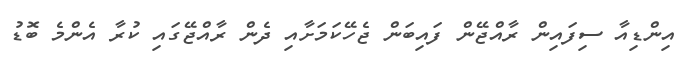
އިންޑިއާ ސިފައިން ރާއްޖޭން ފައިބަން ޖެހޭކަމަށާއި ދެން ރާއްޖޭގައި ކުރާ އެންމެ ބޮޑު